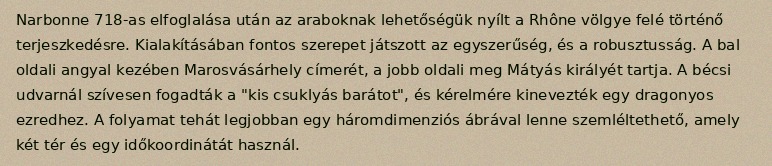
Narbonne 718-as elfoglalása után az araboknak lehetőségük nyílt a Rhône völgye felé történő terjeszkedésre. Kialakításában fontos szerepet játszott az egyszerűség, és a robusztusság. A bal oldali angyal kezében Marosvásárhely címerét, a jobb oldali meg Mátyás királyét tartja. A bécsi udvarnál szívesen fogadták a "kis csuklyás barátot", és kérelmére kinevezték egy dragonyos ezredhez. A folyamat tehát legjobban egy háromdimenziós ábrával lenne szemléltethető, amely két tér és egy időkoordinátát használ.